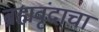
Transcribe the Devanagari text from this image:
ब्रह्मवृंदाचा